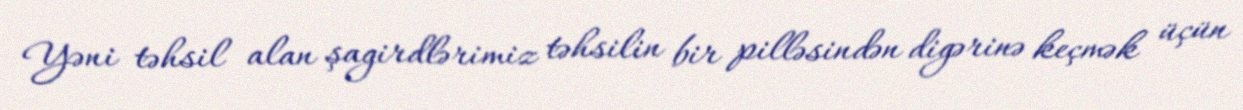
Yəni təhsil alan şagirdlərimiz təhsilin bir pilləsindən digərinə keçmək üçün